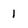
Character: 1